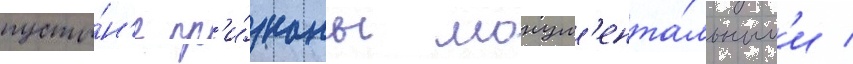
пусты́н'е пр'и́знаны монум'ента́льным'и /